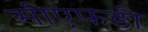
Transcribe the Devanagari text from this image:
सीएफडी